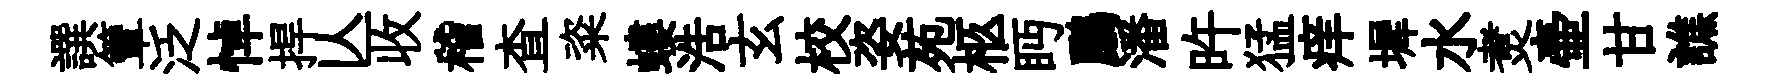
譔簟泛悼捍亾收稽查粢螻浩玄校姿苑柩眄鸝潘旿猛痒墀水煑壷甘譙